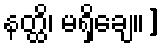
နတ္ထိ၊ မရှိချေ။]